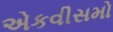
એકવીસમો